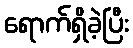
ရောက်ရှိခဲ့ပြီး